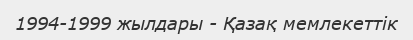
1994-1999 жылдары - Қазақ мемлекеттік